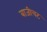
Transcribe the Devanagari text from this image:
बाजीचट